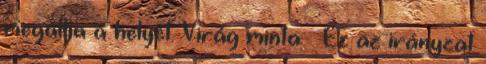
megállja a helyét. Virág minta – Ez az irányzat